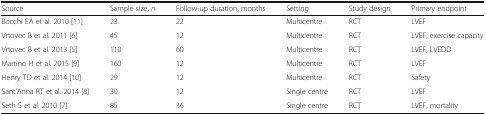
<table><thead><tr><td><b>Source</b></td><td><b>Sample size, <i>n</i></b></td><td><b>Follow-up duration, months</b></td><td><b>Setting</b></td><td><b>Study design</b></td><td><b>Primary endpoint</b></td></tr></thead><tbody><tr><td>Bocchi EA et al. 2010 [11]</td><td>23</td><td>22</td><td>Multicentre</td><td>RCT</td><td>LVEF</td></tr><tr><td>Vrtovec B et al. 2011 [6]</td><td>45</td><td>12</td><td>Multicentre</td><td>RCT</td><td>LVEF, exercise capacity</td></tr><tr><td>Vrtovec B et al. 2013 [5]</td><td>110</td><td>60</td><td>Multicentre</td><td>RCT</td><td>LVEF, LVEDD</td></tr><tr><td>Martino H et al. 2015 [9]</td><td>160</td><td>12</td><td>Multicentre</td><td>RCT</td><td>LVEF</td></tr><tr><td>Henry TD et al. 2014 [10]</td><td>29</td><td>12</td><td>Multicentre</td><td>RCT</td><td>Safety</td></tr><tr><td>Sant’Anna RT et al. 2014 [8]</td><td>30</td><td>12</td><td>Single centre</td><td>RCT</td><td>LVEF</td></tr><tr><td>Seth S et al. 2010 [7]</td><td>85</td><td>36</td><td>Single centre</td><td>RCT</td><td>LVEF, mortality</td></tr></tbody></table>